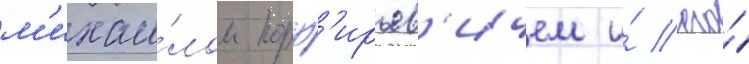
м'ихаи́лом порф'ирьев'ичем и́ его́